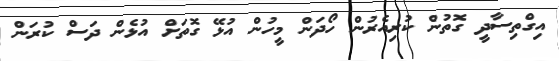
އިގްތިސާދީ ގޮތުން ކުރިއެރުން ހޯދަން މީހުން އުޅޭ ގޮތަށް އުޅެން ދަސް ކުރަން